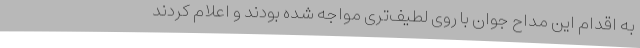
به اقدام این مداح جوان با روی لطیف‌تری مواجه شده بودند و اعلام کردند